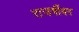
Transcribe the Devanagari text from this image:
राजर्षीवर